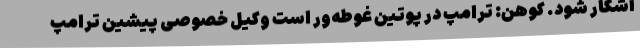
آشکار شود. کوهن: ترامپ در پوتین غوطه‌ور است وکیل خصوصی پیشین ترامپ